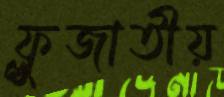
ফ্লুজাতীয়